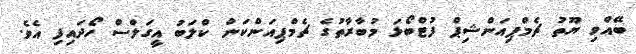
ބޭއްވި ޔޫތު ޗެމްޕިއަންޝިޕް ފުޓްބޯޅަ މުބާރާތުގެ ޗެމްޕިއަންކަން ކްލަބު އީގަލްސް ހޯދައިފި އެވެ.